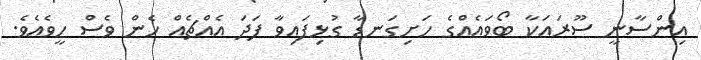
އިންސާނީ ސޫރައަކާ ބޯވައެއްގެ ހަށިގަނޑާ ގުޅިފައިވާ ފަދަ އެއްޗެއް ހެން ވެސް ހީވެއެވެ.